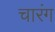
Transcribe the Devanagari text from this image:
चारंग